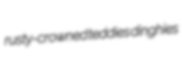
rusty-crowned teddies dinghies